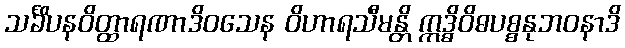
သင်္ခိပနဝိတ္ထာရဏာဒိဝသေန ဝိဟာရသီမန္တိ ဣဒ္ဓိဝိဓပစ္စနုဘဝနာဒိ